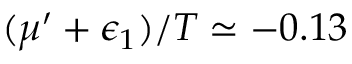
( \mu ^ { \prime } + \epsilon _ { 1 } ) / T \simeq - 0 . 1 3